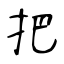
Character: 把